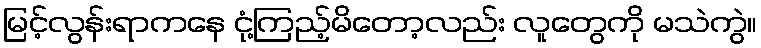
မြင့်လွန်းရာကနေ ငုံ့ကြည့်မိတော့လည်း လူတွေကို မသဲကွဲ။